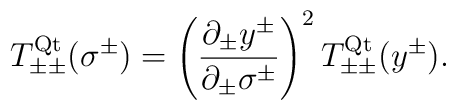
T_{\pm\pm}^{\rm Qt}(\sigma^\pm)= \left(\frac{\partial_\pm y^\pm}{\partial_\pm  \sigma^\pm}\right)^2T_{\pm\pm}^{\rm Qt}(y^\pm).